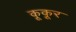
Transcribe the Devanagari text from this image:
कूकूर